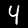
Label: 4